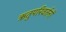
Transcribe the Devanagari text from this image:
ऋतुपरिवर्तनों